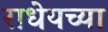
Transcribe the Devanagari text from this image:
राधेयच्या